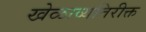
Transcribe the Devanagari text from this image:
खेळाव्यतिरीक्त